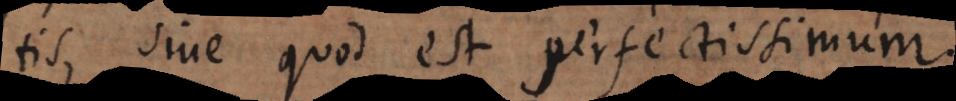
tis, sive quod est perfectissimum.